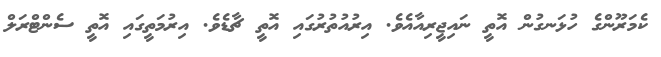
ކެމަރޫންގެ ހުޅަނގުން އޮތީ ނައިޖީރިއާއެވެ. އިރުއުތުރުގައި އޮތީ ޗާޑެވެ. އިރުމަތީގައި އޮތީ ސެންޓްރަލް